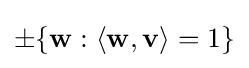
\pm \{\mathbf {w} :\langle \mathbf {w} ,\mathbf {v} \rangle =1\}